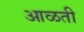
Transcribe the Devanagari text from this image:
आळती